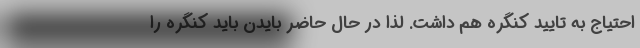
احتیاج به تایید کنگره هم داشت. لذا در حال حاضر بایدن باید کنگره را